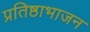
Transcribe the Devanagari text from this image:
प्रतिष्ठाभाजन